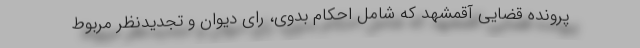
پرونده قضایی آقمشهد که شامل احکام بدوی، رای دیوان و تجدیدنظر مربوط